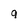
Character: g